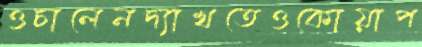
ওচালেনদ্যাখতেওকোয়াপ